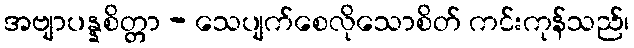
အဗျာပန္နစိတ္တာ - သေပျက်စေလိုသောစိတ် ကင်းကုန်သည်၊